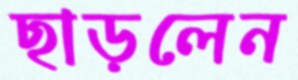
ছাড়লেন